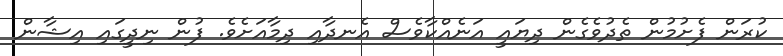
ކުރަން ފެށުމުން ތެދުވެގެން ދިޔައީ އަނެއްކާވެސް އެނދާއި ދިމާއަށެވެ. ފުން ނިދީގައި އިޝާން